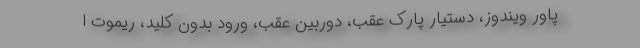
پاور ویندوز، دستیار پارک عقب، دوربین عقب، ورود بدون کلید، ریموت ا